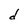
Character: d